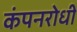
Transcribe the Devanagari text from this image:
कंपनरोधी